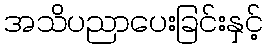
အသိပညာပေးခြင်းနှင့်